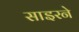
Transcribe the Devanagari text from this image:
साइरने